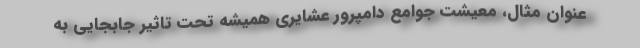
عنوان مثال، معیشت جوامع دامپرور عشایری همیشه تحت تاثیر جابجایی به